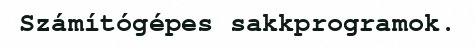
Számítógépes sakkprogramok.